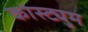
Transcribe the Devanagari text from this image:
कोस्ट्युम